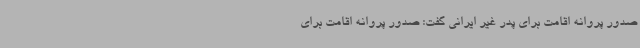
صدور پروانه اقامت برای پدر غیر ایرانی گفت: صدور پروانه اقامت برای